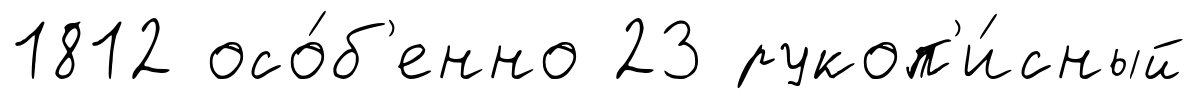
1812 осо́б'енно 23 рукоп'и́сный